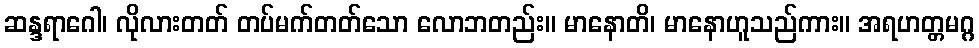
ဆန္ဒရာဂေါ၊ လိုလားတတ် တပ်မက်တတ်သော လောဘတည်း။ မာနောတိ၊ မာနောဟူသည်ကား။ အရဟတ္တမဂ္ဂ